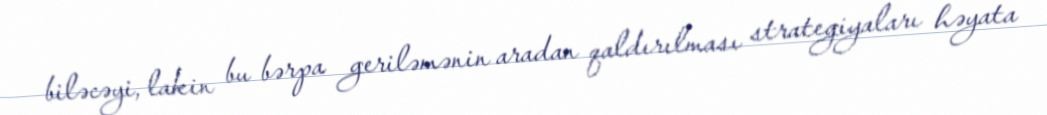
biləcəyi, lakin bu bərpa geriləmənin aradan qaldırılması strategiyaları həyata